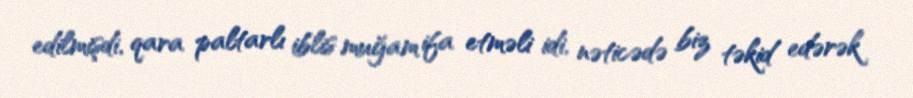
edilmişdi, qara paltarlı iblis muğam ifa etməli idi, nəticədə biz təkid edərək